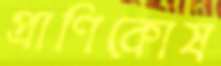
প্রাণিকোষ